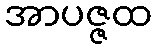
အာပဇ္ဇထ